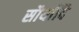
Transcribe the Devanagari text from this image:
सौर्यादि